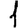
Digit: 1